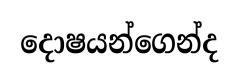
දොෂයන්ගෙන්ද